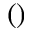
( )